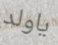
ياولد